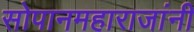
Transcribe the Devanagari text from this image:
सोपानमहाराजांनी